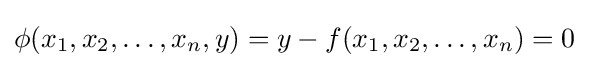
\phi (x_{1},x_{2},\ldots ,x_{n},y)=y-f(x_{1},x_{2},\ldots ,x_{n})=0